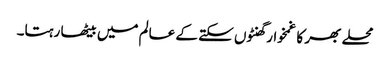
محلے بھر کا غمخوار گھنٹوں سکتے کے عالم میں بیٹھا رہتا۔